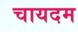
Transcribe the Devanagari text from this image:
चायदम